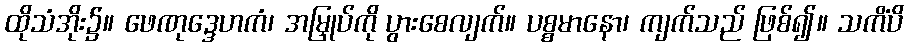
ထိုသံအိုး၌။ ဖေဏုဒ္ဒေဟကံ၊ အမြှုပ်ကို ပွားစေလျက်။ ပစ္စမာနော၊ ကျက်သည် ဖြစ်၍။ သကိံပိ